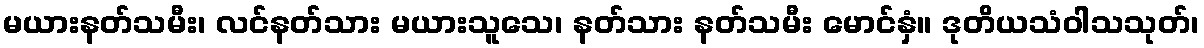
မယားနတ်သမီး၊ လင်နတ်သား မယားသူသေ၊ နတ်သား နတ်သမီး မောင်နှံ။ ဒုတိယသံဝါသသုတ်၊